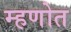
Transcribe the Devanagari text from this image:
म्हणोत